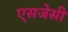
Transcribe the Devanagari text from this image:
एसजेसी